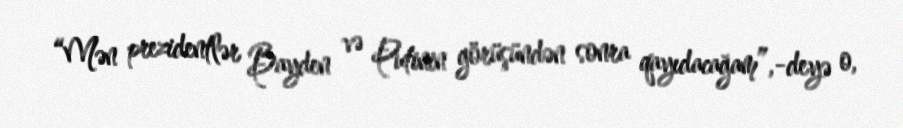
“Mən prezidentlər Bayden və Putinin görüşündən sonra qayıdacağam”,-deyə o,